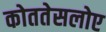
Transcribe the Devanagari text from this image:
कोततेसलोए